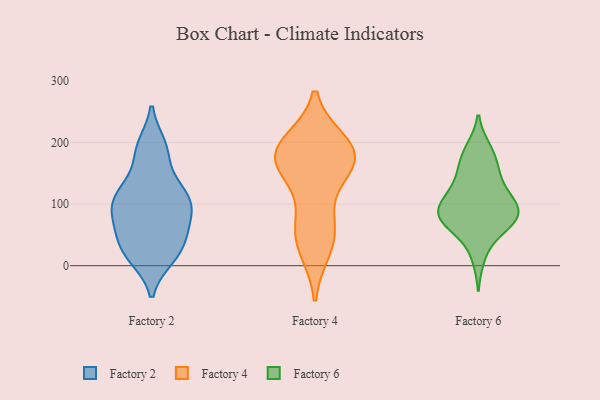
{"axis": {"x": "Satisfaction Score", "y": "Value"}, "legend": ["Factory 2", "Factory 4", "Factory 6"], "data": [{"x": "", "y": 134, "type": "Factory 2"}, {"x": "", "y": 23, "type": "Factory 2"}, {"x": "", "y": 63, "type": "Factory 2"}, {"x": "", "y": 104, "type": "Factory 2"}, {"x": "", "y": 194, "type": "Factory 2"}, {"x": "", "y": 89, "type": "Factory 2"}, {"x": "", "y": 43, "type": "Factory 2"}, {"x": "", "y": 14, "type": "Factory 2"}, {"x": "", "y": 28, "type": "Factory 2"}, {"x": "", "y": 178, "type": "Factory 2"}, {"x": "", "y": 111, "type": "Factory 2"}, {"x": "", "y": 111, "type": "Factory 2"}, {"x": "", "y": 192, "type": "Factory 2"}, {"x": "", "y": 73, "type": "Factory 2"}, {"x": "", "y": 101, "type": "Factory 2"}, {"x": "", "y": 62, "type": "Factory 2"}, {"x": "", "y": 116, "type": "Factory 2"}, {"x": "", "y": 14, "type": "Factory 2"}, {"x": "", "y": 186, "type": "Factory 4"}, {"x": "", "y": 68, "type": "Factory 4"}, {"x": "", "y": 160, "type": "Factory 4"}, {"x": "", "y": 169, "type": "Factory 4"}, {"x": "", "y": 27, "type": "Factory 4"}, {"x": "", "y": 171, "type": "Factory 4"}, {"x": "", "y": 199, "type": "Factory 4"}, {"x": "", "y": 72, "type": "Factory 4"}, {"x": "", "y": 37, "type": "Factory 4"}, {"x": "", "y": 198, "type": "Factory 4"}, {"x": "", "y": 181, "type": "Factory 4"}, {"x": "", "y": 154, "type": "Factory 4"}, {"x": "", "y": 84, "type": "Factory 6"}, {"x": "", "y": 107, "type": "Factory 6"}, {"x": "", "y": 74, "type": "Factory 6"}, {"x": "", "y": 152, "type": "Factory 6"}, {"x": "", "y": 140, "type": "Factory 6"}, {"x": "", "y": 96, "type": "Factory 6"}, {"x": "", "y": 66, "type": "Factory 6"}, {"x": "", "y": 95, "type": "Factory 6"}, {"x": "", "y": 168, "type": "Factory 6"}, {"x": "", "y": 79, "type": "Factory 6"}, {"x": "", "y": 127, "type": "Factory 6"}, {"x": "", "y": 14, "type": "Factory 6"}, {"x": "", "y": 78, "type": "Factory 6"}, {"x": "", "y": 79, "type": "Factory 6"}, {"x": "", "y": 51, "type": "Factory 6"}, {"x": "", "y": 189, "type": "Factory 6"}, {"x": "", "y": 184, "type": "Factory 6"}, {"x": "", "y": 110, "type": "Factory 6"}]}